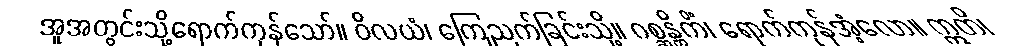
အူအတွင်းသို့ရောက်ကုန်သော်။ ဝိလယံ၊ ကြေညက်ခြင်းသို့။ ဂစ္ဆန္တိကိံ၊ ရောက်ကုန်အံ့လော။ ဣတိ၊